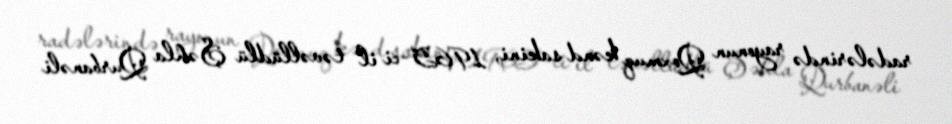
radələrində rayonun Qoxmuq kənd sakini, 1965-ci il təvəllüdlü Şəhla Qurbanəli